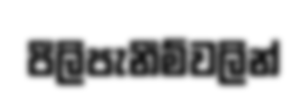
පීලිපැනීම්වලින්